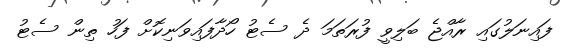
ފައިނަލުގައި ރާއްޖެ ބަލިވީ ފުރަތަމަ ދެ ސެޓު ހޯދާފައިވަނިކޮށް ފަހު ތިން ސެޓު